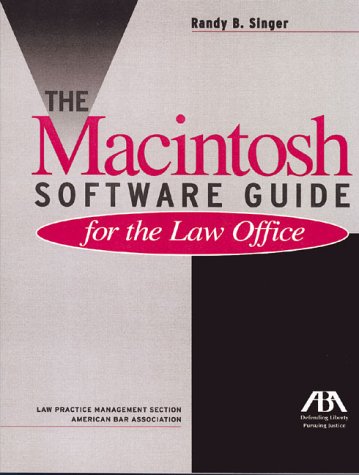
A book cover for The Macintosh Software Guide for the Law Office; Randy B. Singer; Law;